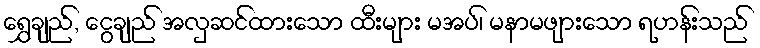
ရွှေချည်, ငွေချည် အလှဆင်ထားသော ထီးများ မအပ်၊ မနာမဖျားသော ရဟန်းသည်